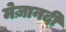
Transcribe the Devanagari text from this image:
मेज़ानदी